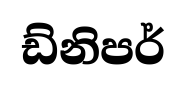
ඩ්නිපර්